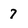
Character: 7